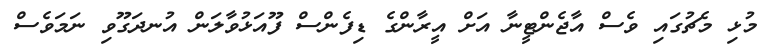
މުޅި މެޗުގައި ވެސް އާޖެންޓީނާ އަށް އީރާންގެ ޑިފެންސް ފޫއަޅުވާލަން އުނދަގޫވި ނަމަވެސް